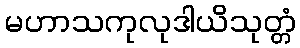
မဟာသကုလုဒါယိသုတ္တံ